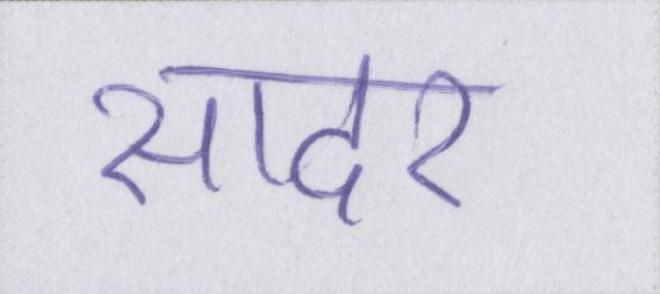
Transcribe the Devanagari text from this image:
सादर